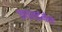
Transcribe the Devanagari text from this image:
फ़ाइलईमेल